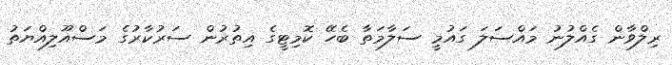
ރިލްވާން ގެއްލުނު މައްސަލަ ގައުމީ ސަލާމަތާ ބެހޭ ކޮމިޓީގެ އިތުރުން ސަރުކާރުގެ މަސްއޫލިއްޔަތު